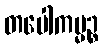
တပေါကမ္မဉ္စ